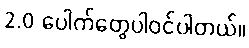
2.0 ပေါက်တွေပါ၀င်ပါတယ်။